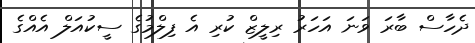
ދެހާސް ބާރަ ވަނަ އަހަރު ރިލީޒް ކުރި އެ ފިލްމުގެ ސީކުއަލް އެއްގެ